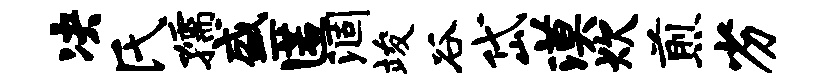
决氏孺盛匿涸竣谷岱漠炊煎劣